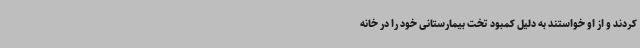
کردند و از او خواستند به دلیل کمبود تخت بیمارستانی خود را در خانه